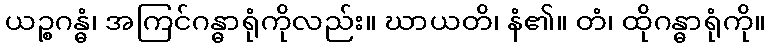
ယဉ္စဂန္ဓံ၊ အကြင်ဂန္ဓာရုံကိုလည်း။ ဃာယတိ၊ နံ၏။ တံ၊ ထိုဂန္ဓာရုံကို။